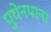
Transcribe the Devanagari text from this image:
पुथेनपाना